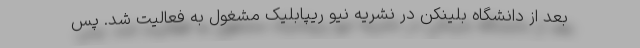
بعد از دانشگاه بلینکن در نشریه نیو ریپابلیک مشغول به فعالیت شد. پس